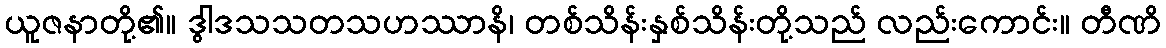
ယူဇနာတို့၏။ ဒွါဒသသတသဟဿာနိ၊ တစ်သိန်းနှစ်သိန်းတို့သည် လည်းကောင်း။ တီဏိ